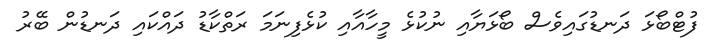
ފުޓްބޯޅަ ދަނޑުގައިވެސް ބޯޅަޔާއި ނުކުޅެ މީހާއާއި ކުޅެފިނަމަ ރަތްކާޑު ދައްކައި ދަނޑުން ބޭރު